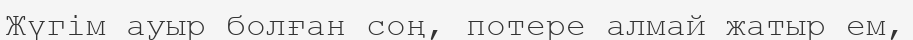
Жүгім ауыр болған соң, потере алмай жатыр ем,